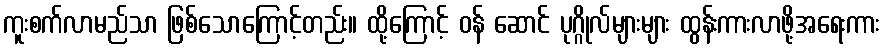
ကူးစက်လာမည်သာ ဖြစ်သောကြောင့်တည်း။ ထို့ကြောင့် ဝန် ဆောင် ပုဂ္ဂိုလ်များများ ထွန်းကားလာဖို့အရေးကား